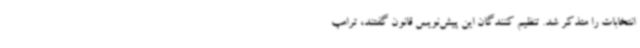
انتخابات را متذکر شد. تنظیم کنندگان این پیش‌نویس قانون گفتند، ترامپ